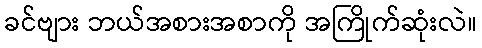
ခင်ဗျား ဘယ်အစားအစာကို အကြိုက်ဆုံးလဲ။